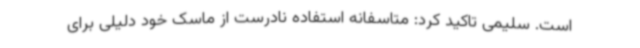
است. سلیمی تاکید کرد: متاسفانه استفاده نادرست از ماسک خود دلیلی برای